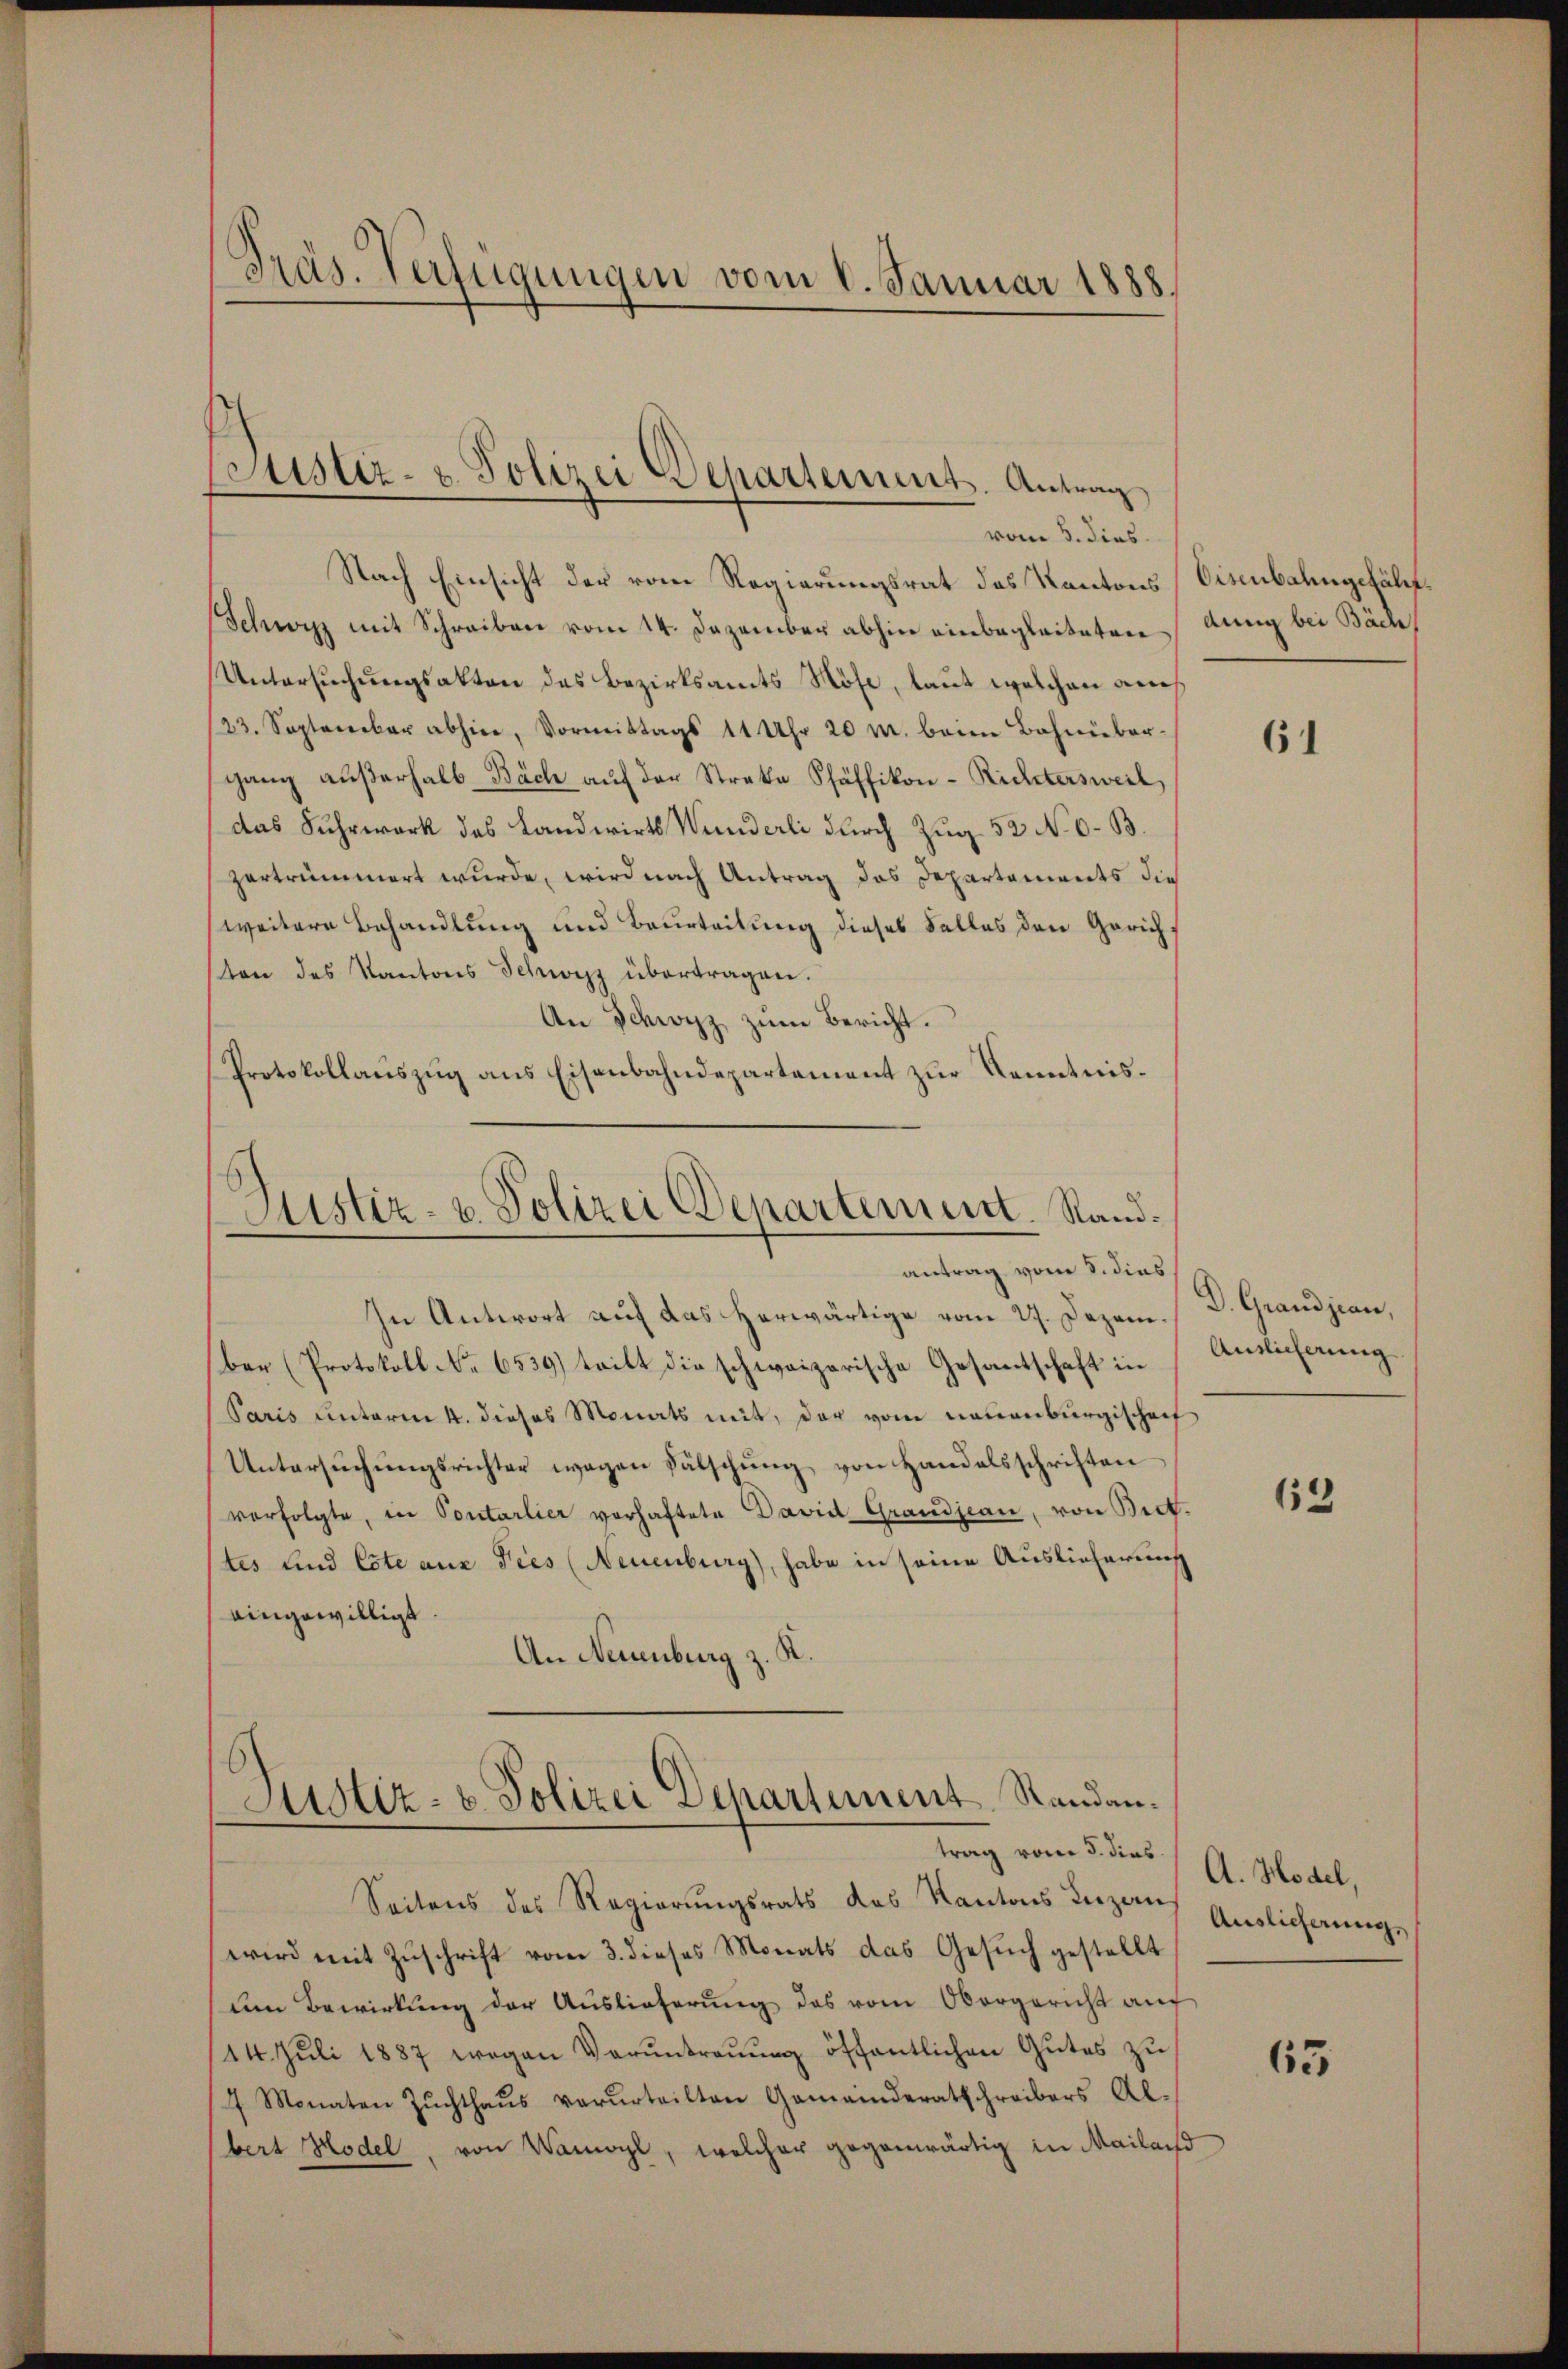
vom 5. dies
Nach Einsicht der vom Regierungsrat des Kantons (Eisenbahngefährt.
Schwyz mit Schreiben vom 14. Dezember abhin einbegleiteten
Untersuchungsakten des Bezirksamts Röse, laut welchen auch
/23. September abhin, Vormittags 11 Uhr 20 M. beim Bahnüber
gang aŭβerhalb-Bäch aŭf der Streke Pfäffikon - Richtersweil
das Fuhrwerk des Landwirts Wunderli durch Zug 52 No 0.B.
zertrümmert wurde, wird nach Antrag das Departements die
weitere Behandlung und Beurteilung dieses Falles den Gerichsten des Kantons Schwyz übertragen.
An Schwyz zum Bericht.
Protokollaŭszŭg ans Eisenbahndepartement zŭr Kenntnis¬

Präs. Verfügungen vom 8. Januar 1888.

Justiz- u. Polizei Departement. Antrag

Astiz- u. Polizei Departement. Sandantrag vom 8. dies

Justiz- & Polizei Departement, Standantrag vom 3. dies A. Hodel,

In Antwort auf das herwärtige vom 27. Dezember (Protokoll No 6539) tritt die schweizerische Gesantschaft in Antlicherung
Paris unterm 4. dieses Monats mit, der vom neuenburgischenf
Untersŭchŭngsrichter wegen Fälschung von Handelsschriften
verfolgte, in Pontarlier vorhaftete David Grandjean, von Berttes und Cote aus dies (Neuenburg), habe in seine Auslieferung
eingewilligt.
An Neuenburg z. K.

Seitens des Regierŭngsrats des Kantons Inzen Auslicherungs
wird mit Zuschrift vom 3. dieses Monats das Gesŭch gestellt
um Bewirkung der Auslieferung das vom Obergericht au
/14. Juli 1887 wegen Vorŭntraŭŭng öffentlichen Gutes zu
/4 Monaten Zŭchthaŭs verurteilten Gemeinderatschreibers Al-
bert Hodel, von Wamoyl, welcher gegenwärtig in Mailand

dung bei Bäch,

61

D. Grandjean,

152

63